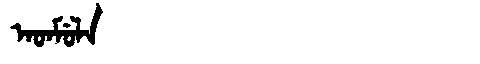
Manchu: ᠠᡨᠮᡠᠯᠠ
Romanization: ATMULA